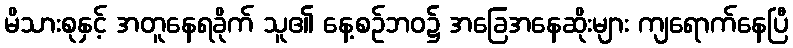
မိသားစုနှင့် အတူနေရခိုက် သူ၏ နေ့စဉ်ဘဝ၌ အခြေအနေဆိုးများ ကျရောက်နေပြီ